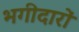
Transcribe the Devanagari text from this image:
भगीदारों